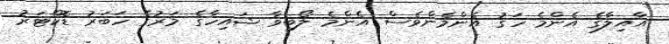
އާއިލާގެ އެންމެ ހަގު އެންމެންވެސް އެެންމެ ލޯބިވާ ޝައިހާގެ މަރުގެ ހަބަރު ޑޮކްޓަރު